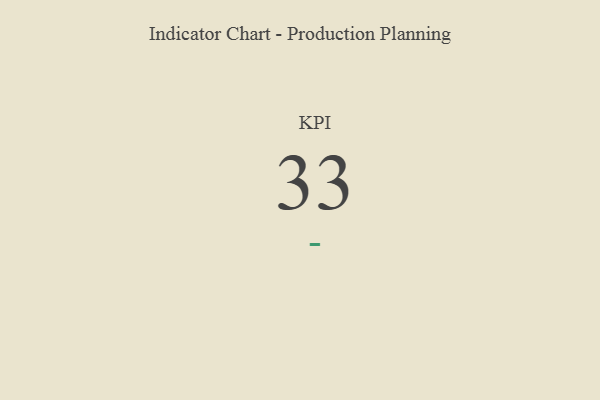
{"axis": {"x": "KPI", "y": "Value"}, "legend": [""], "data": [{"x": "KPI", "y": 33, "type": ""}]}